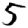
Digit: 5